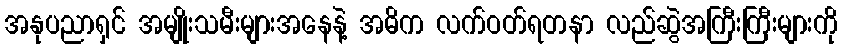
အနုပညာရှင် အမျိုးသမီးများအနေနဲ့ အဓိက လက်ဝတ်ရတနာ လည်ဆွဲအကြီးကြီးများကို